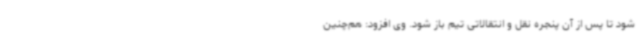
شود تا پس از آن پنجره نقل و انتقالاتی تیم باز شود. وی افزود: هم‌چنین